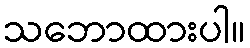
သဘောထားပါ။